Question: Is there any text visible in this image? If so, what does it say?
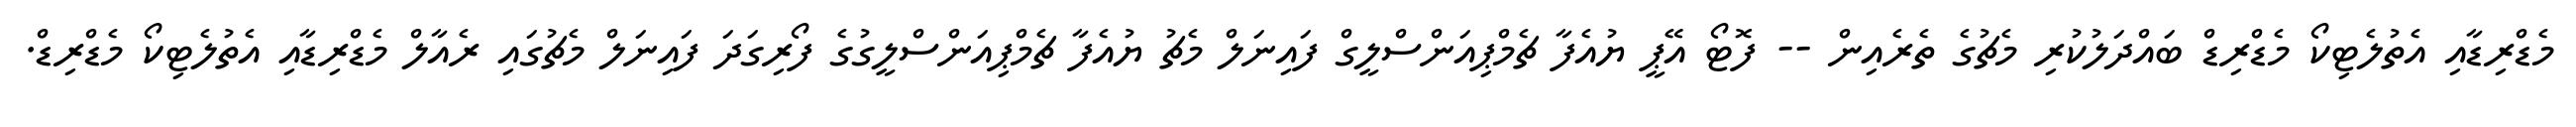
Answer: މެޑްރިޑާއި އެތުލެޓިކޯ މެޑްރިޑް ބައްދަލުކުރި މެޗުގެ ތެރެއިން -- ފޮޓޯ އޭޕީ ޔުއެފާ ޗެމްޕިއަންސްލީގް ފައިނަލް މެޗު ޔުއެފާ ޗެމްޕިއަންސްލީގުގެ ފޯރިގަދަ ފައިނަލް މެޗުގައި ރެއާލް މެޑްރިޑާއި އެތުލެޓިކޯ މެޑްރިޑް.